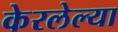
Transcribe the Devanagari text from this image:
केरलेल्या